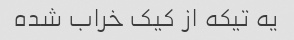
یه تیکه از کیک خراب شده